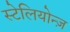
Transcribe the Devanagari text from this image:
स्टेलियोन्ज़